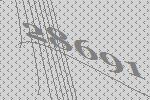
28691